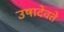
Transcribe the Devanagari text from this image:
उषादेवते